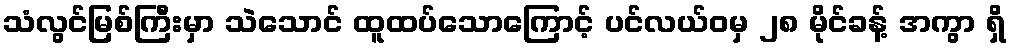
သံလွင်မြစ်ကြီးမှာ သဲသောင် ထူထပ်သောကြောင့် ပင်လယ်ဝမှ ၂၈ မိုင်ခန့် အကွာ ရှိ